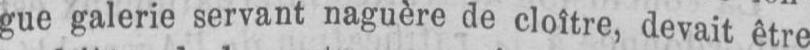
gue galerie servant naguère de cloître, devait être